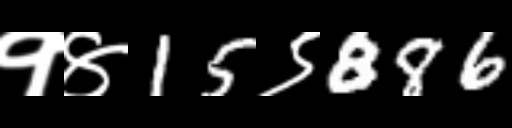
Text: १४15९886